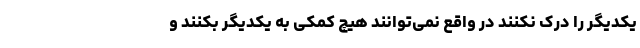
یکدیگر را درک نکنند در واقع نمی‌توانند هیچ کمکی به یکدیگر بکنند و